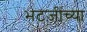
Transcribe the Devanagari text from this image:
भटजींच्या